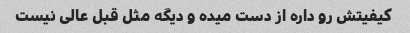
کیفیتش رو داره از دست میده و دیگه مثل قبل عالی نیست